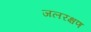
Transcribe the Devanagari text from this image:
जलरक्षण